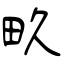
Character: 畂